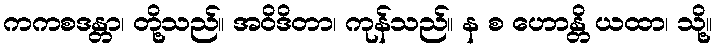
ကကစဒန္တာ၊ တို့သည်။ အဝိဒိတာ၊ ကုန်သည်။ န စ ဟောန္တိ ယထာ၊ သို့။